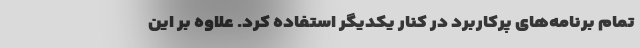
تمام برنامه‌های پرکاربرد در کنار یکدیگر استفاده کرد. علاوه بر این